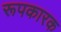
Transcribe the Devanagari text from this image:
रूपकारक